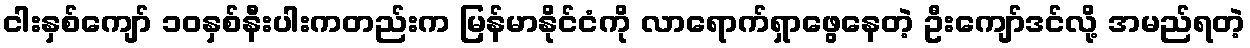
ငါးနှစ်ကျော် ၁၀နှစ်နီးပါးကတည်းက မြန်မာနိုင်ငံကို လာရောက်ရှာဖွေနေတဲ့ ဦးကျော်ဒင်လို့ အမည်ရတဲ့